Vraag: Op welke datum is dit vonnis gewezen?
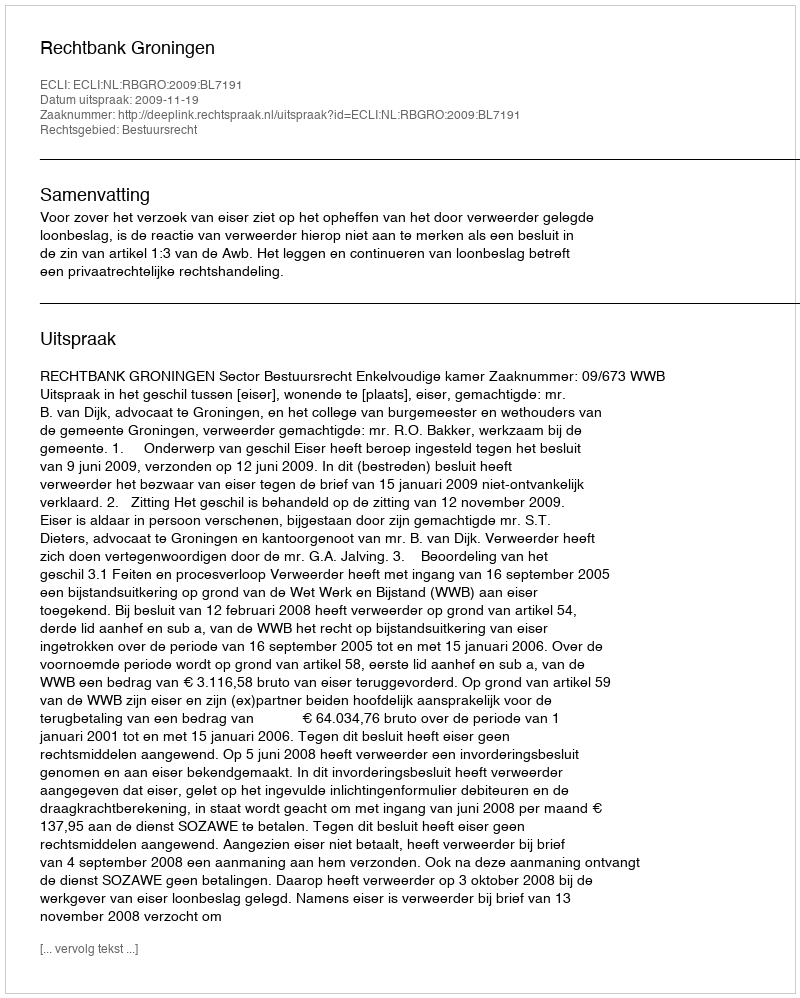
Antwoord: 2009-11-19